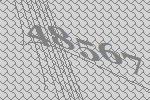
48567